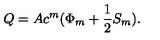
Q = A c ^ { m } ( \Phi _ { m } + \frac { 1 } { 2 } S _ { m } ) .